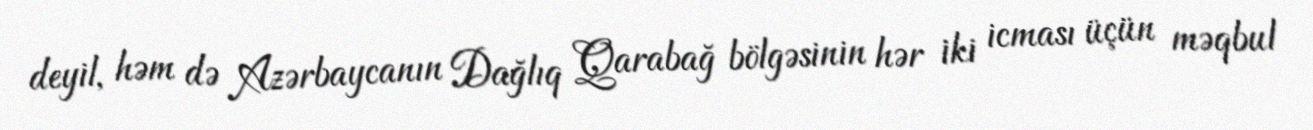
deyil, həm də Azərbaycanın Dağlıq Qarabağ bölgəsinin hər iki icması üçün məqbul